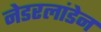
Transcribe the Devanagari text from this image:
नेडरलांडेन